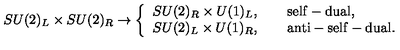
S U ( 2 ) _ { L } \times S U ( 2 ) _ { R } \rightarrow \left\{ \begin{array} { l } { S U ( 2 ) _ { R } \times U ( 1 ) _ { L } , \qquad \mathrm { s e l f - d u a l \do } , } \\ { S U ( 2 ) _ { L } \times U ( 1 ) _ { R } , \qquad \mathrm { a n t i - s e l f - d u a l \do } . } \\ \end{array} \right.